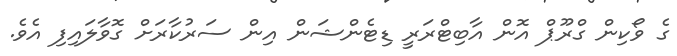
ގެ ވޯކިން ގްރޫޕް އޮން އާބިޓްރަރީ ޑިޓެންޝަން އިން ސަރުކާރަށް ގޮވާލައިފި އެވެ.